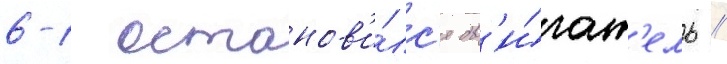
6-1 останов'и́лс'я дв'и́гат'ель //